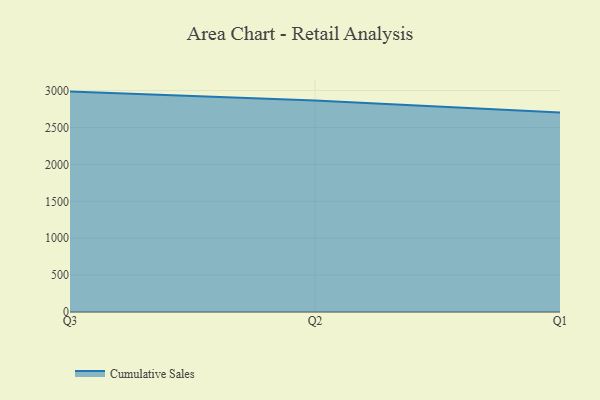
{"axis": {"x": "Quarter", "y": "Waste Production (Tons)"}, "legend": ["Cumulative Sales"], "data": [{"x": "Q3", "y": 2986.5, "type": "Cumulative Sales"}, {"x": "Q2", "y": 2867.2, "type": "Cumulative Sales"}, {"x": "Q1", "y": 2704.5, "type": "Cumulative Sales"}]}